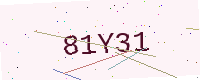
Text: 81Y31